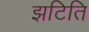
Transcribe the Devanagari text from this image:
झटिति